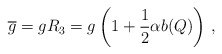
\begin{align*}\overline g = g R_3= g \left(1+{1\over 2} \alpha b(Q) \right)\,,\end{align*}